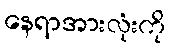
နေရာအားလုံးကို